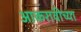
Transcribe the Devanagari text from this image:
आकरावीच्या